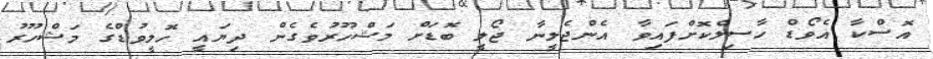
އޮސްކާ އެވޯޑް ހާސިލްކޮށްފައިވާ އެންޖެލީނާ ޖޯލީ ބޮޑަށް މަޝްހޫރުވެގެން ދިޔައީ ހޮލީވުޑްގެ މަޝްހޫރު